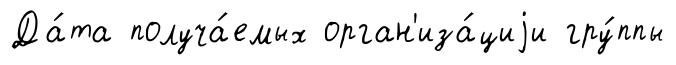
Да́та получа́емых орган'иза́циjи гру́ппы